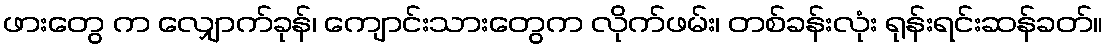
ဖားတွေ က လျှောက်ခုန်၊ ကျောင်းသားတွေက လိုက်ဖမ်း၊ တစ်ခန်းလုံး ရုန်းရင်းဆန်ခတ်။